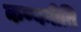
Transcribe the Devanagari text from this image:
कण्वनीति